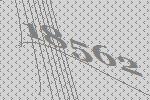
18562